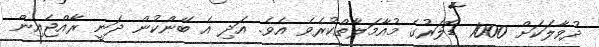
ދުވާލަކަށް 1000 ޑޮލަރުގެ މުއާމަލާތްކުރެވެ އެވެ. އަދި އެ ބޭންކުން ދަނީ ރާއްޖެއިން